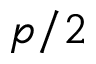
p / 2